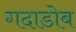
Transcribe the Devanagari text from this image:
गदाडोब